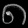
Digit: ၈